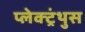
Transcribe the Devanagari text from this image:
प्लेक्ट्रंथुस